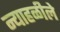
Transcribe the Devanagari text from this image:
न्याहळीले